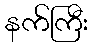
နက်ကြီး